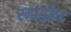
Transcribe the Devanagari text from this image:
स्नायुकेंद्र